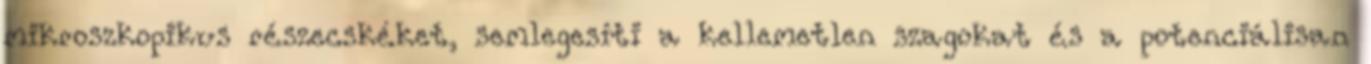
mikroszkopikus részecskéket, semlegesíti a kellemetlen szagokat és a potenciálisan